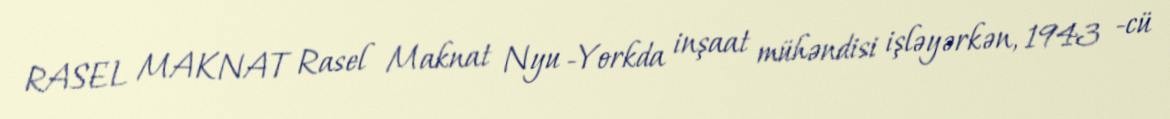
RASEL MAKNAT Rasel Maknat Nyu -Yorkda inşaat mühəndisi işləyərkən, 1943 -cü